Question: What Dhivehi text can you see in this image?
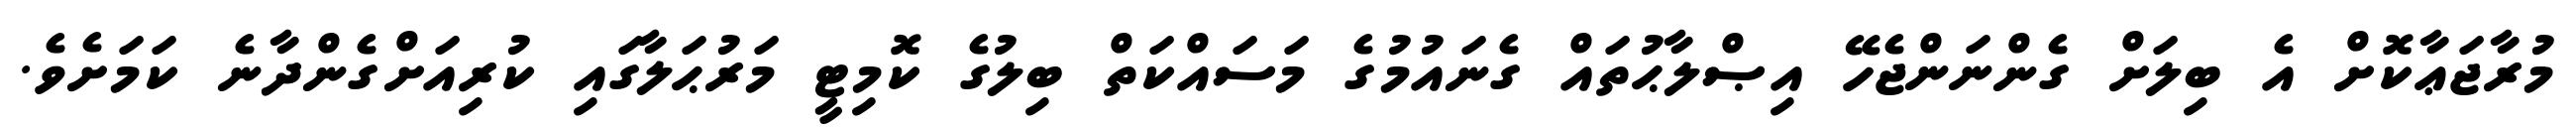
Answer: މުރާޖަޢާކޮށް އެ ބިލަށް ގެންނަންޖެހޭ އިޞްލާޙުތައް ގެނައުމުގެ މަސައްކަތް ބިލުގެ ކޮމިޓީ މަރުޙަލާގައި ކުރިއަށްގެންދާނެ ކަމަށެވެ.